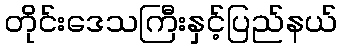
တိုင်းဒေသကြီးနှင့်ပြည်နယ်